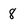
Character: 8